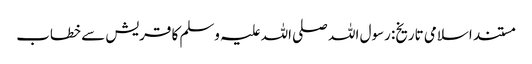
مستند اسلامی تاریخ: رسول اللہ صلی اللہ علیہ وسلم کا قریش سے خطاب